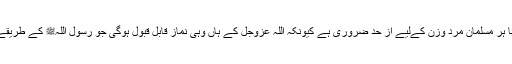
نماز کی ادائیگی کا طریقہ جاننا ہر مسلمان مرد وزن کےلیے از حد ضروری ہے کیونکہ اللہ عزوجل کے ہاں وہی نماز قابل قبول ہوگی جو رسول اللہﷺ کے طریقے کے مطابق ادا کی جائے گی۔